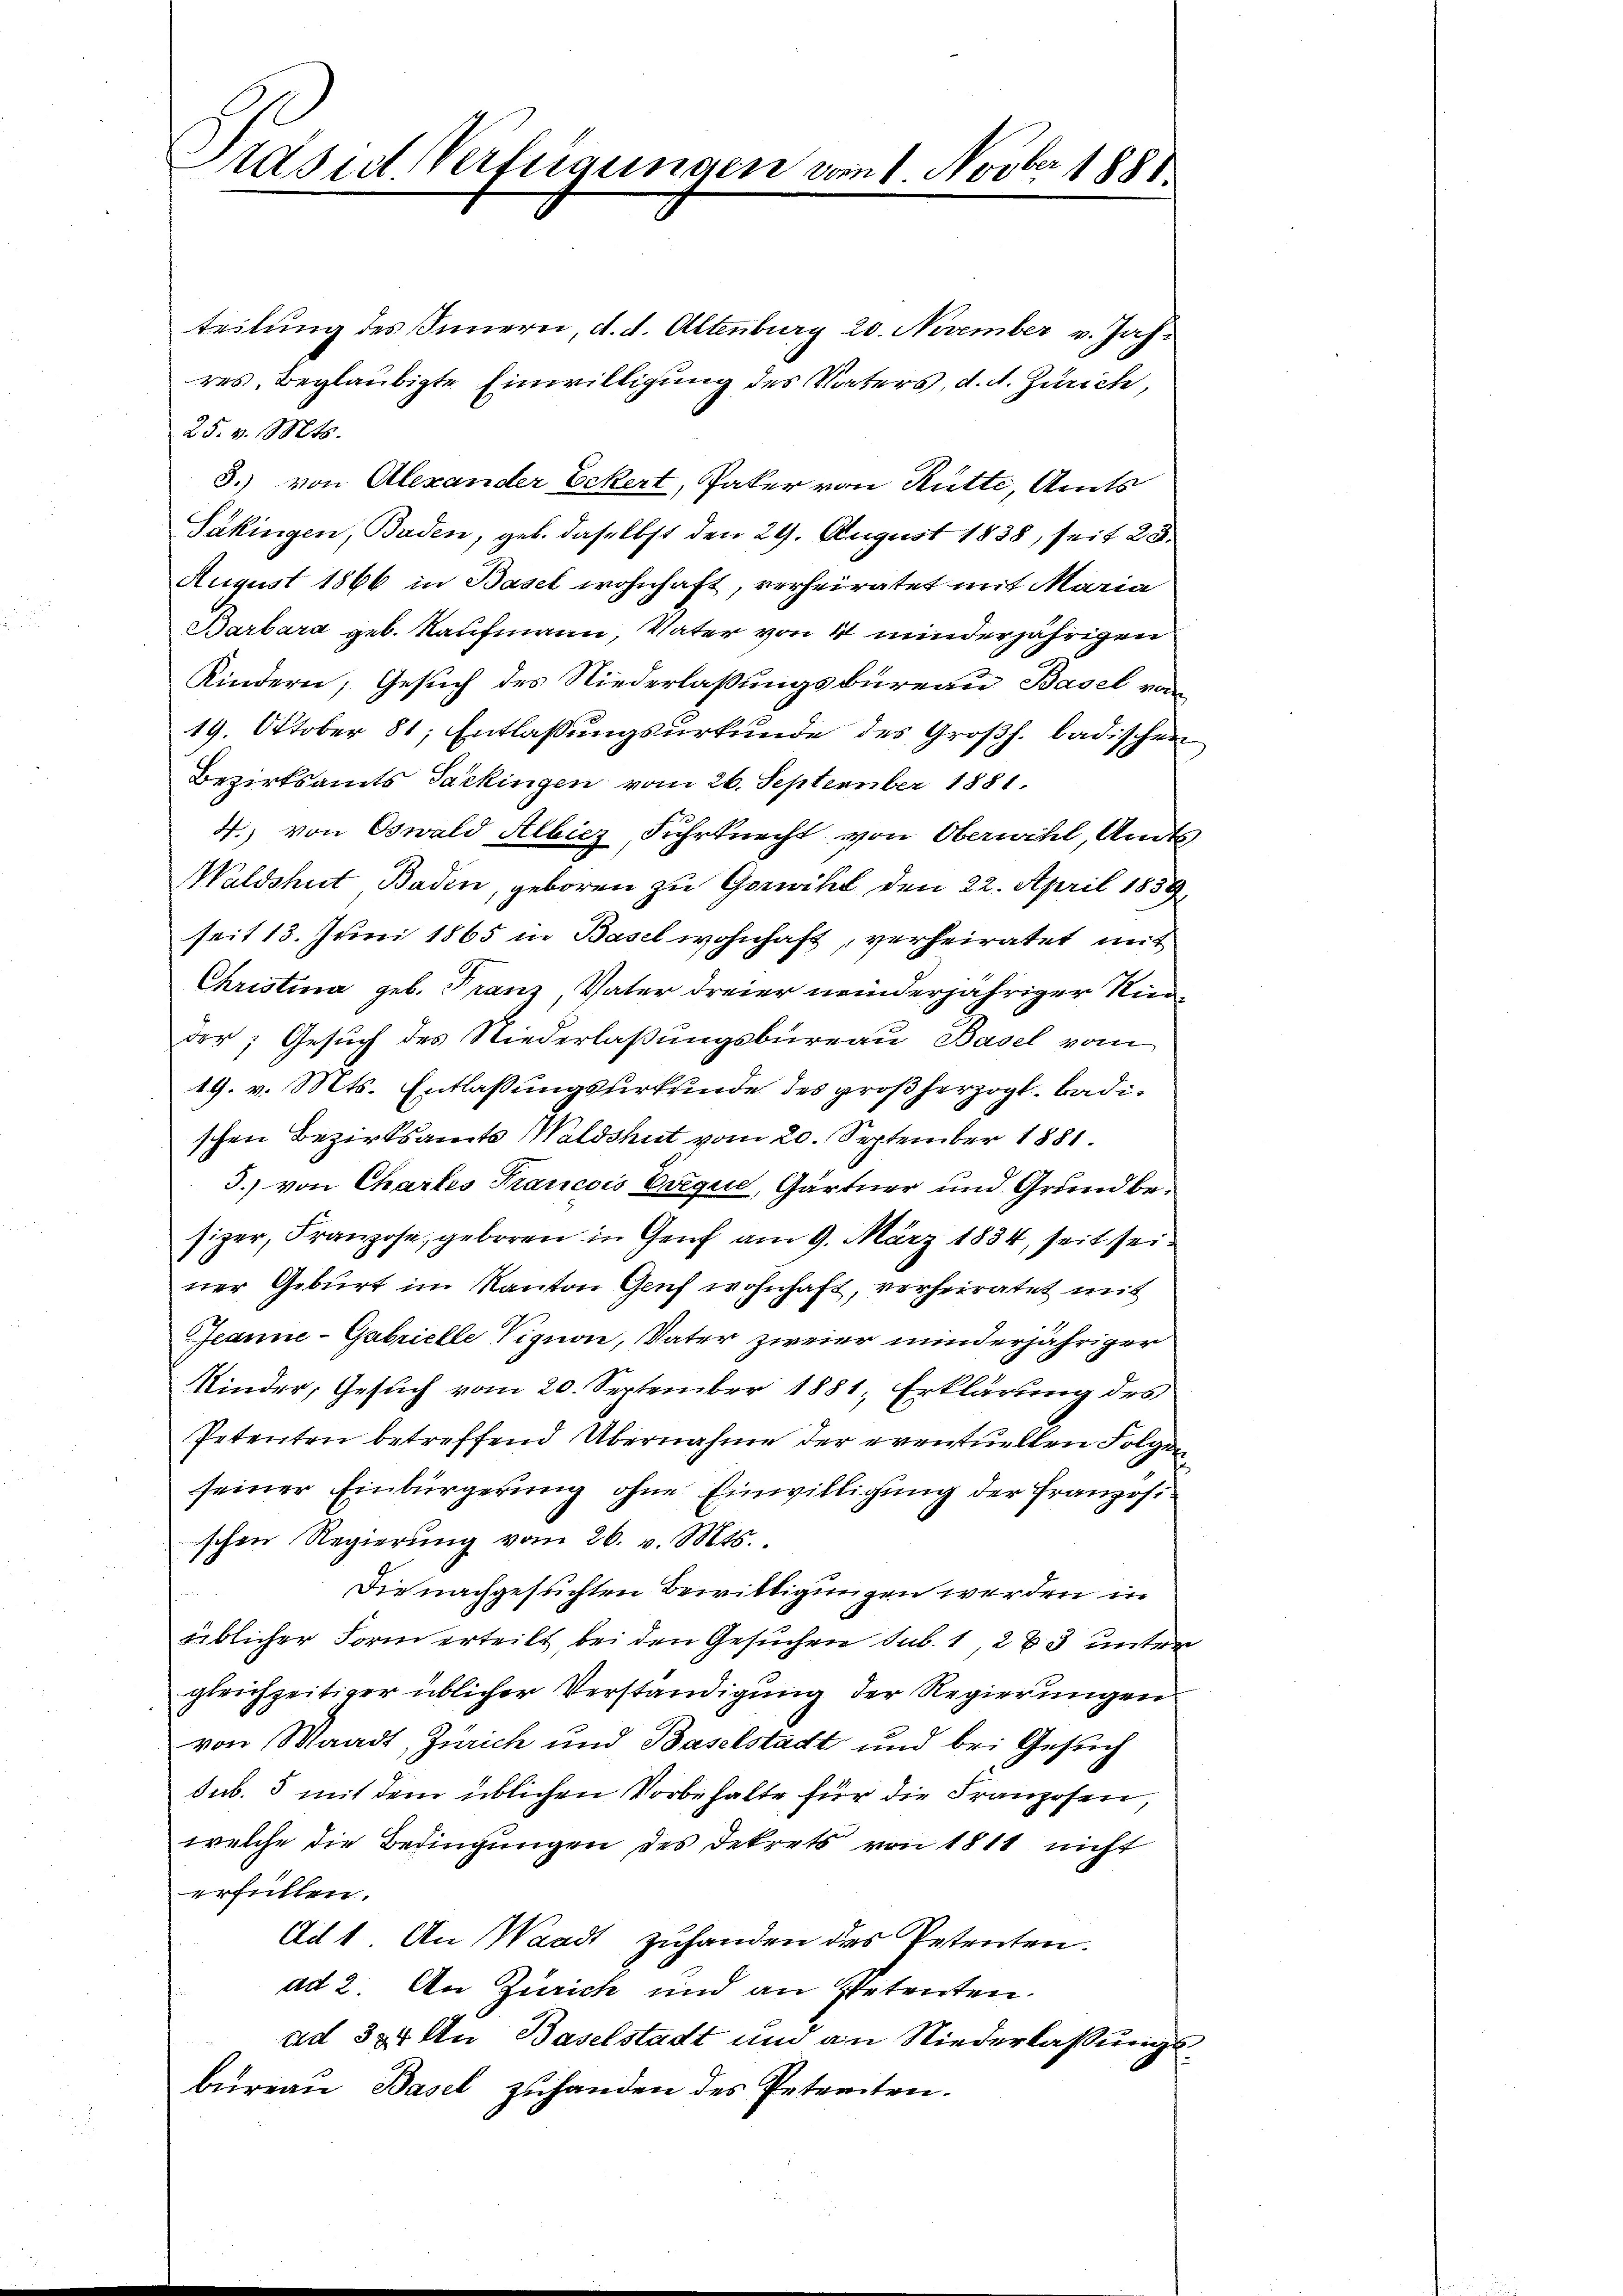
tasul Verfügungen vom 1. Novber 1881.

teilung des Innern, d. d. Altenburg 20. November v. Jahres, beglaubigte Einwilligung des Vaters, d. d. Zürich,
25. v. Mts.
3.) von Alexander Eckert, Paker von Rütte, Amts
Päkingen, Baden, geb. daselbst den 29. August 1838, seit 23.
August 1866 in Basel wohnhaft, verheiratet mit Maria
Barbara geb. Kaufmann, Vater von 4 minderjährigen
Kindern, Gesuch des Niederlaßungsbureau Basel von
19. Oktober 81; Entlassungsurkunde des Großh. badischen
Bezirksamts Packingen vom 26. September 1881.
4.) von Oswald Albicz Fuhrknecht von Oberwill, Amts
Waldshut Baden, geboren zu Gericht den 22. April 1859
seit 13. Juni 1865 in Basel wohnhaft, verheiratet mit
Christina geb. Franz, Vater dreier meinderjähriger Rindder; Gesuch des Niederlaßungsbureau, Basel vom
19. v. Mts. Entlassungsurkunde des großherzogl. Badischen Bezirksamts Waldshut vom 20. September 1881.
3.) von Chartes Francois Vergen, Gärtner und Grund besizer, Franzose, geboren in Genf am 9. März 1834, seit seiner Geburt im Kanton Genf wohnhaft, verheiratet mit
Jeanne-Gabrielle Vignon, Vater zweier minderjähriger
Kinder, Gesuch vom 20. September 1881, Erklärung des
Petenten betreffend Übernahme der eventuellen Folgen
seiner Einbürgerung ohne Einwilligung der Französischen Regierung vom 26. v. Mts.
Die nachgesuchten Bewittigungen werden in
üblicher Form erteilt, bei den Gesuchen sub. 1, 283 unter
gleichzeitiger üblicher Verständigung der Regierungen
von Waadt, Zürich und Baselstadt und bei Gesuch
sub. 5 mit dem üblichen Vorbehalte für die Franzosen,
welche die Bedingungen des Dekrets von 1811 nicht
erfüllen.
Ad 1. An Waadt zuhanden des Petenten.
ad 2. An Zürich und an Zertenten.
ad 324 Au Baselstadt und an Niederlassungsbureau, Basel zuhanden des Petenten.